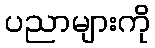
ပညာများကို